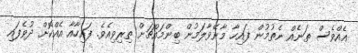
އެއްވެސް ތަނެއް ނެތުމުން ފައިހާ މާނޭވާލަމުން ބިންމައްޗަށް ތިރިވިއެވެ. ފައިހާއާ އެއްކޮށް ދުވެފައި